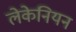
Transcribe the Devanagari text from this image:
लेकेनियन